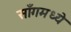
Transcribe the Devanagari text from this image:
साँगमध्ये